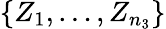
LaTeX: \{ Z_{1},\dots,Z_{n_{3}}\}